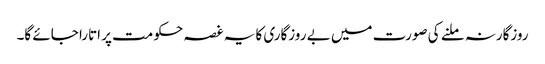
روزگارنہ ملنے کی صورت میں بے روزگاری کا یہ غصہ حکومت پر اتارا جائے گا۔